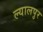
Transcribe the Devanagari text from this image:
ल्यालपुर